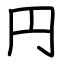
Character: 円